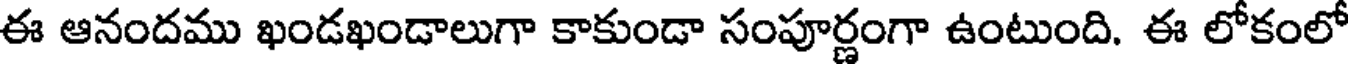
ఈ ఆనందము ఖండఖండాలుగా కాకుండా సంపూర్ణంగా ఉంటుంది. ఈ లోకంలో